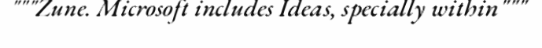
"""Zune. Microsoft includes Ideas, specially within"""